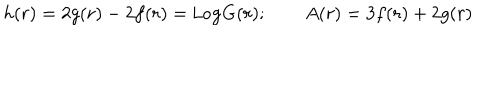
h ( r ) = 2 g ( r ) - 2 f ( r ) = \texttt { L o g } G ( r ) ; \qquad A ( r ) = 3 f ( r ) + 2 g ( r )